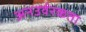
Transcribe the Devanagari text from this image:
अनउर्वरकता